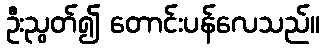
ဦးညွတ်၍ တောင်းပန်လေသည်။